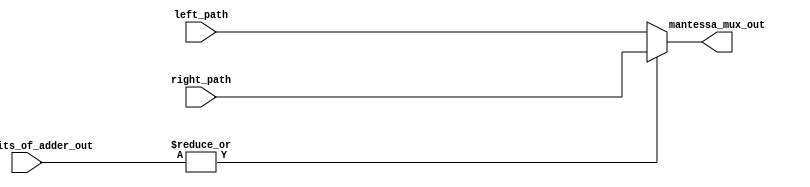
module mantessa_mux (left_path , right_path , most_bits_of_adder_out , mantessa_mux_out);
input [23:0]left_path ;
input [23:0]right_path;
input [2:0]most_bits_of_adder_out;
output reg [23:0]mantessa_mux_out;

assign choose_left = ~| most_bits_of_adder_out;
always@(*)
begin
    if(choose_left)
        begin
            mantessa_mux_out = left_path;
        end
    else
        begin
            mantessa_mux_out = right_path;
        end
end
endmodule